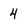
Character: 4